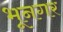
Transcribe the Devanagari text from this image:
भूनगर